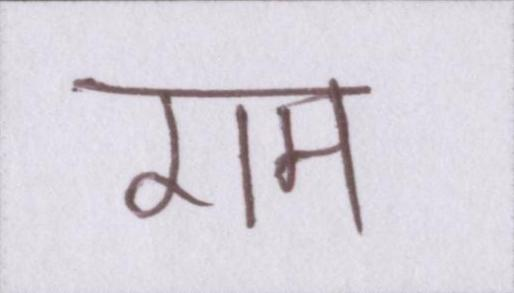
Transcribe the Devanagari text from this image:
राम